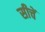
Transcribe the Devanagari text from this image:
सीचें